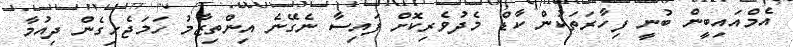
އެމްއައިބީން ބުނީ ފިހާރަތަކުން ކާޑް މެދުވެރިކޮށް ފައިސާ ނެގޭނެ އިންތިޒާމު ހަމަޖެހިގެން ދިއުމާ